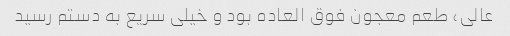
عالی، طعم معجون فوق العاده بود و خیلی سریع به دستم رسید